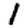
Digit: 1